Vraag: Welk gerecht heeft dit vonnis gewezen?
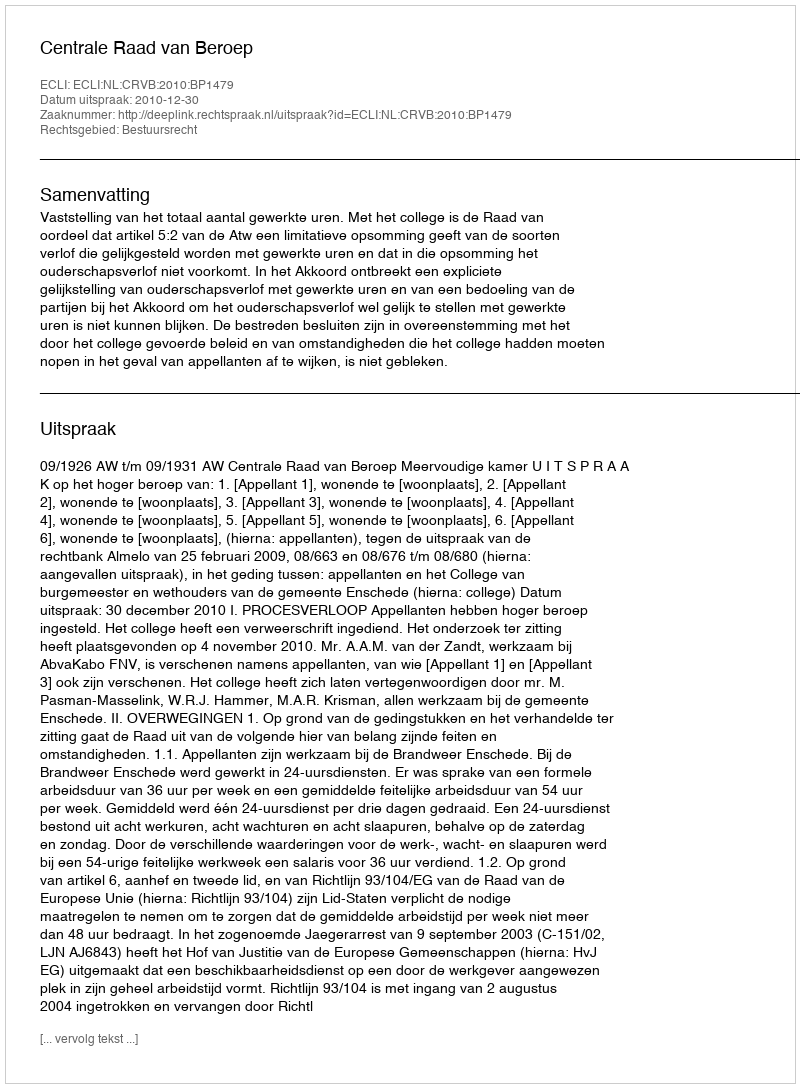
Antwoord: Centrale Raad van Beroep